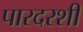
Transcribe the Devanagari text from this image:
पारदरशी